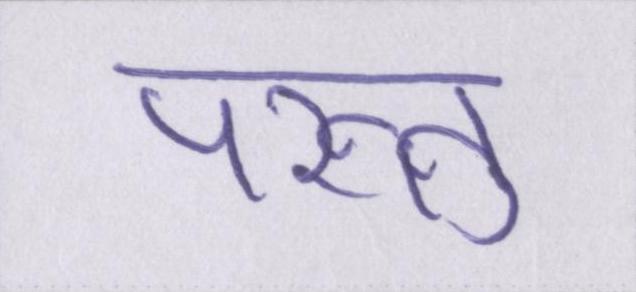
परंन्तु